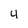
Character: 4